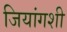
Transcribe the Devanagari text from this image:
जियांगशी